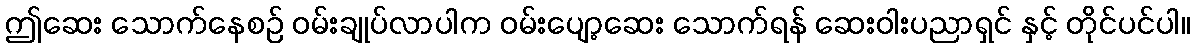
ဤဆေး သောက်နေစဉ် ဝမ်းချုပ်လာပါက ဝမ်းပျော့ဆေး သောက်ရန် ဆေးဝါးပညာရှင် နှင့် တိုင်ပင်ပါ။